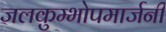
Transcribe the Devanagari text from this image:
जलकुम्भोपमार्जनी